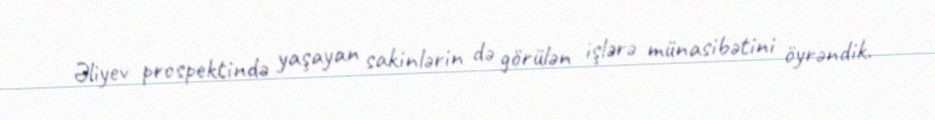
Əliyev prospektində yaşayan sakinlərin də görülən işlərə münasibətini öyrəndik.